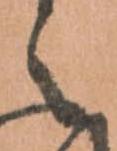
之